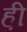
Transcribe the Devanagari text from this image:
ह़ी